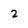
Character: 2